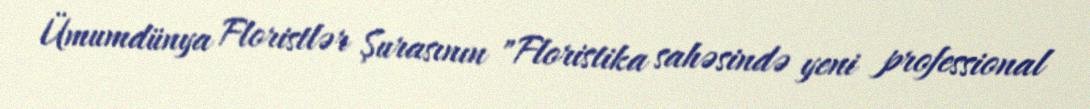
Ümumdünya Floristlər Şurasının "Floristika sahəsində yeni professional